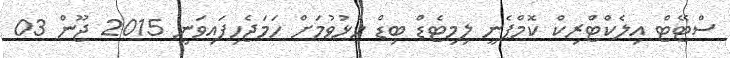
ސްޓޭޓް އިލެކްޓްރިކް ކޮމްޕެނީ ލިމިޓެޑް ބިޑް ހުޅުވުމަށް ހަމަޖެހިފައިވަނީ 2015 ޖޫން 03